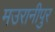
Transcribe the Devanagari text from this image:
मउरानीपुर